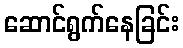
ဆောင်ရွက်နေခြင်း